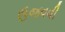
ઉજવવી